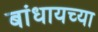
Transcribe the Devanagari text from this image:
बांधायच्या